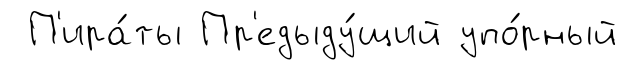
П'ира́ты Пр'едыду́щий упо́рный